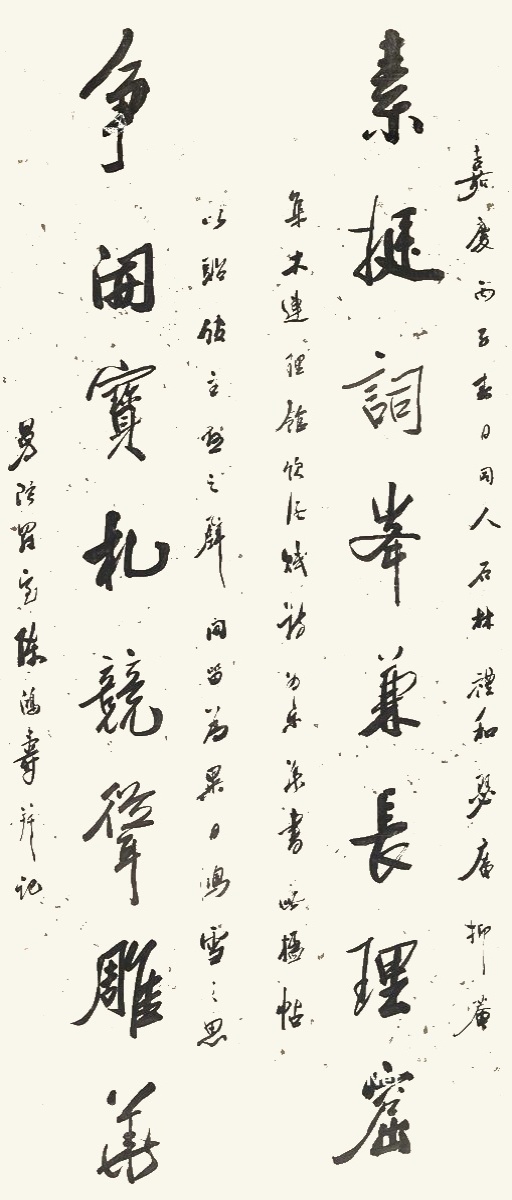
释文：素挺词峰兼长理窟，争开宝札竞耸雕华。嘉庆丙子春日，同人石林礼和瑟庵、抑庵集木连理馆饮酒赋诗为乐，集书此楹帖以贻馆主悬之壁间，为异日鸿雪之思。曼陀罗宝陈鸿寿并记。